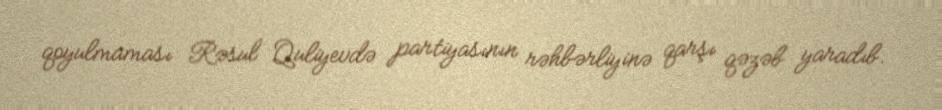
qoyulmaması Rəsul Quliyevdə partiyasının rəhbərliyinə qarşı qəzəb yaradıb.